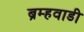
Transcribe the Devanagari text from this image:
ब्रम्हवाडी